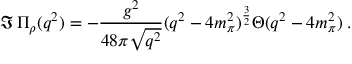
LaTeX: \Im \, \Pi _ { \rho } ( q ^ { 2 } ) = - \frac { g ^ { 2 } } { 4 8 \pi \sqrt { q ^ { 2 } } } ( q ^ { 2 } - 4 m _ { \pi } ^ { 2 } ) ^ { \frac { 3 } { 2 } } \Theta ( q ^ { 2 } - 4 m _ { \pi } ^ { 2 } ) \; .